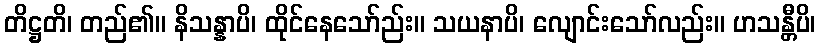
တိဋ္ဌတိ၊ တည်၏။ နိသန္နာပိ၊ ထိုင်နေသော်ည်း။ သယနာပိ၊ လျောင်းသော်လည်း။ ဟသန္တီပိ၊